Scottish Leaving Certificate Examination, 1961
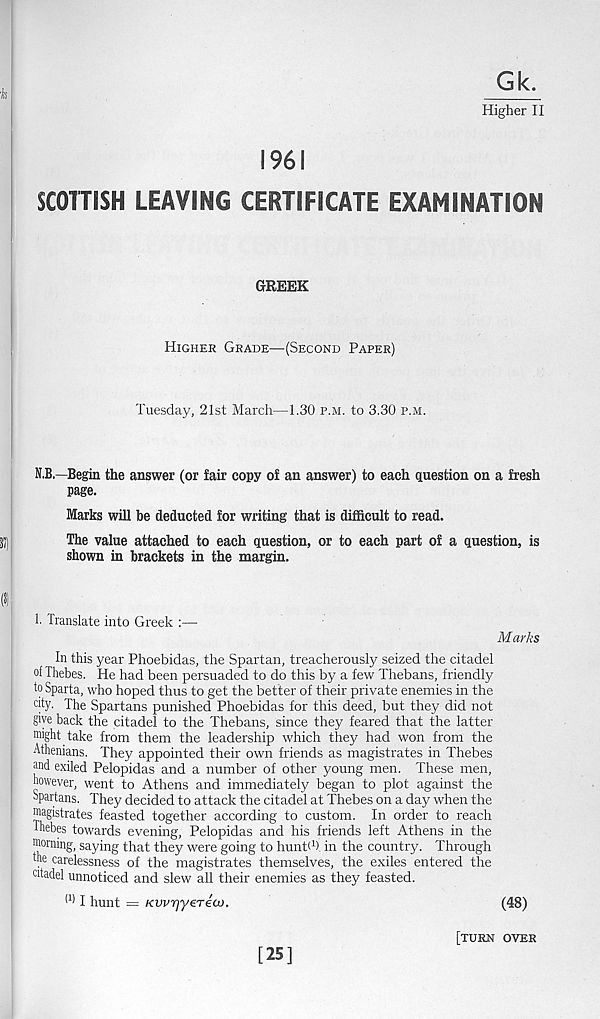
Gk.
Higher II
1961
SCOTTISH LEAVING CERTIFICATE EXAMINATION
GREEK
Higher Grade—(Second Paper)
Tuesday, 21st March—1.30 p.m. to 3.30 p.m.
N.B.—Begin the answer (or fair copy of an answer) to each question on a fresh
page.
Marks will be deducted for writing that is difficult to read.
The value attached to each question, or to each part of a question, is
shown in brackets in the margin.
1. Translate into Greek :—
Marks
In this year Phoebidas, the Spartan, treacherously seized the citadel
of Thebes. He had been persuaded to do this by a few Thebans, friendly
to Sparta, who hoped thus to get the better of their private enemies in the
<%■ The Spartans punished Phoebidas for this deed, but they did not
give back the citadel to the Thebans, since they feared that the latter
might take from them the leadership which they had won from the
Athenians. They appointed their own friends as magistrates in Thebes
and exiled Pelopidas and a number of other young men. These men,
however, went to Athens and immediately began to plot against the
Spartans. They decided to attack the citadel at Thebes on a day when the
magistrates feasted together according to custom. In order to reach
fhebes towards evening, Pelopidas and his friends left Athens in the
morning, saying that they were going to hunt! 1 ) in the country. Through
the carelessness of the magistrates themselves, the exiles entered the
citadel unnoticed and slew all their enemies as they feasted.
(1) I hunt = Kvvrjyereoj.
(48)
[25]
[turn over